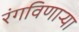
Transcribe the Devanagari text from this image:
रंगविणाऱ्या